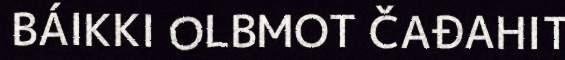
BÁIKKI OLBMOT ČAĐAHIT